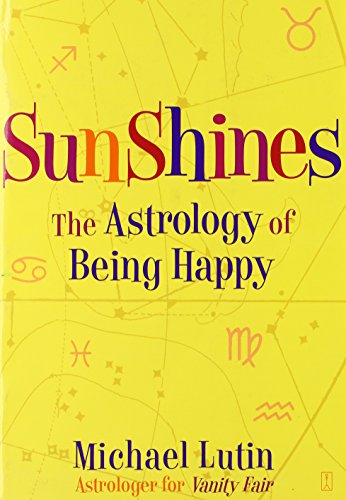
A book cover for SunShines: The Astrology of Being Happy; Michael Lutin; Religion & Spirituality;